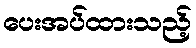
ပေးအပ်ထားသည့်